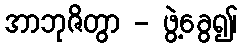
အာဘုဇိတွာ - ဖွဲ့ခွေ၍၊